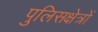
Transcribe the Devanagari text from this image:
पुलिसक्षेत्रों